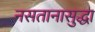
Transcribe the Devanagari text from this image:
नसतानासुद्धा